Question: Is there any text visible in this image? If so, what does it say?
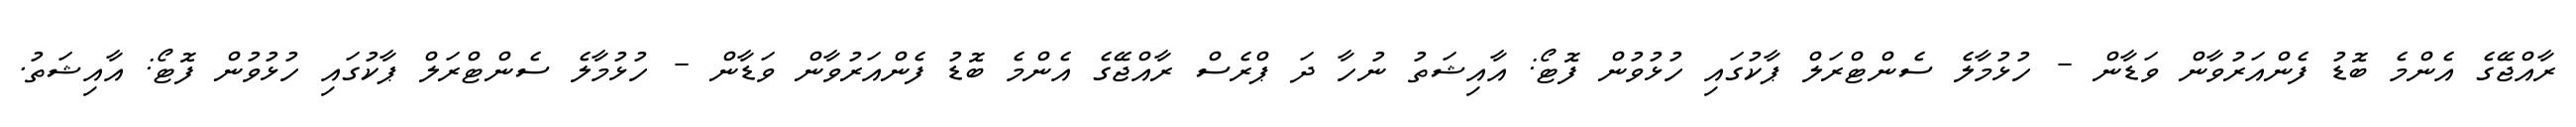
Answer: ރާއްޖޭގެ އެންމެ ބޮޑު ފެންއަރުވާން ވަޑާން - ހުޅުމާލެ ސެންޓްރަލް ޕާކުގައި ހުޅުވުން ފޮޓޯ: އާއިޝަތު ނުހާ ދަ ޕްރެސް ރާއްޖޭގެ އެންމެ ބޮޑު ފެންއަރުވާން ވަޑާން - ހުޅުމާލެ ސެންޓްރަލް ޕާކުގައި ހުޅުވުން ފޮޓޯ: އާއިޝަތު.